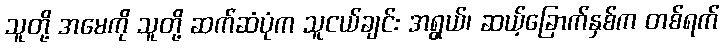
သူတို့ အမေကို သူတို့ ဆက်ဆံပုံက သူငယ်ချင်း အရွယ်၊ ဆယ့်ခြောက်နှစ်က တစ်ရက်